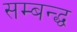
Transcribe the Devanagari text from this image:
सम्बन्द्ध